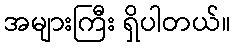
အများကြီး ရှိပါတယ်။